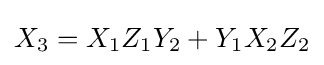
X_{3}=X_{1}Z_{1}Y_{2}+Y_{1}X_{2}Z_{2}